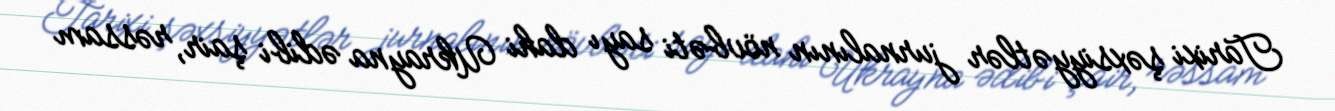
Tarixi şəxsiyyətlər jurnalının növbəti sayı dahi Ukrayna ədibi şair, rəssam